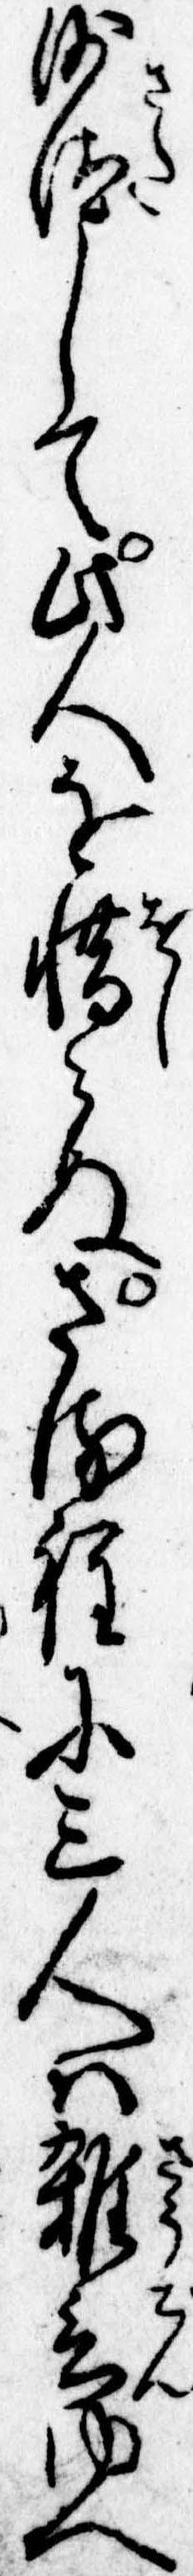
沙汰して此人を惜みぬさる程に三人は雑言ゆへ